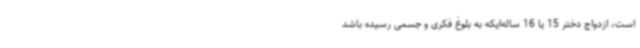
است، ازدواج دختر 15 یا 16 ساله‌ایکه به بلوغ فکری و جسمی رسیده باشد